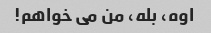
اوه، بله، من می خواهم!